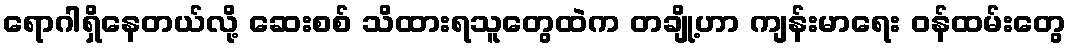
ရောဂါရှိနေတယ်လို့ ဆေးစစ် သိထားရသူတွေထဲက တချို့ဟာ ကျန်းမာရေး ဝန်ထမ်းတွေ